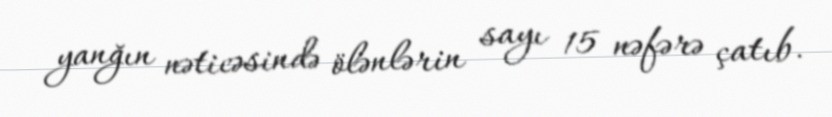
yanğın nəticəsində ölənlərin sayı 15 nəfərə çatıb.